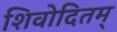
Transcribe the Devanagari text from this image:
शिवोदितम्